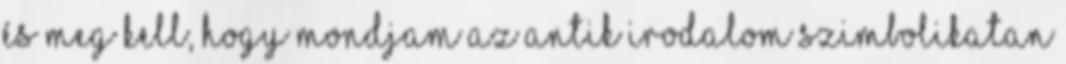
és meg kell, hogy mondjam az antik irodalom szimbolikatan